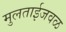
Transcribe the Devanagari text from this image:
मुलताईजवळ